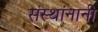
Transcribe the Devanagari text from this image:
संस्थांनानी